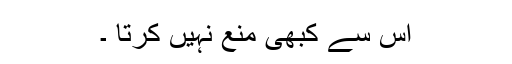
اس سے کبھی منع نہیں کرتا ۔